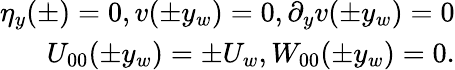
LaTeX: \begin{array}{r}{\eta_{y}(\pm)=0,v(\pm y_{w})=0,\partial_{y}v(\pm y_{w})=0}\\ {U_{00}(\pm y_{w})=\pm U_{w},W_{00}(\pm y_{w})=0.}\end{array}